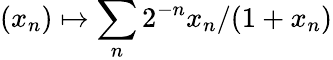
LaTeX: (x_{n})\mapsto\sum_{n}{2^{-n}x_{n}/(1+x_{n})}